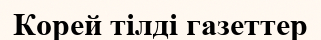
Корей тілді газеттер